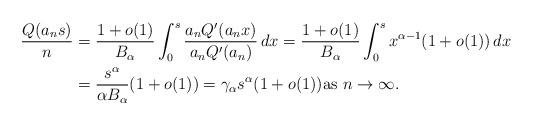
LaTeX: \begin{align*}\frac{Q(a_ns)}{n} &= \frac{1+o(1)}{B_\alpha}\int_0^s \frac{a_nQ'(a_nx)}{a_nQ'(a_n)}\,dx = \frac{1+o(1)}{B_\alpha} \int_0^s x^{\alpha-1}(1+o(1))\,dx \\ &= \frac{s^\alpha}{\alpha B_\alpha} (1+o(1)) = \gamma_\alpha s^\alpha (1+o(1)) \mbox{as } n\to\infty.\end{align*}